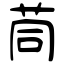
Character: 茼